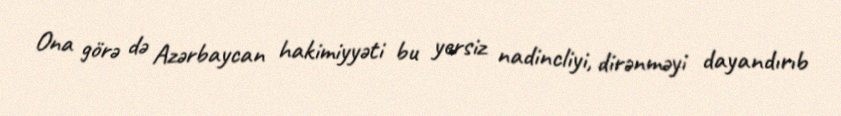
Ona görə də Azərbaycan hakimiyyəti bu yersiz nadincliyi, dirənməyi dayandırıb